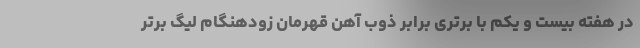
در هفته بیست و یکم با برتری برابر ذوب آهن قهرمان زودهنگام لیگ برتر